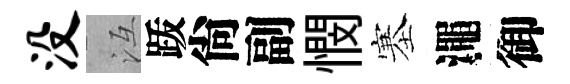
没冱䟦尙副憫塞澠御